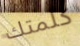
كلمتك